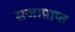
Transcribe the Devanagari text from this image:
सजाप्राप्त